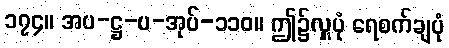
၁၇၄။ အပ-ဋ္ဌ-ပ-အုပ်-၁၁၀။ ဤ၌လှူပုံ ရေစက်ချပုံ